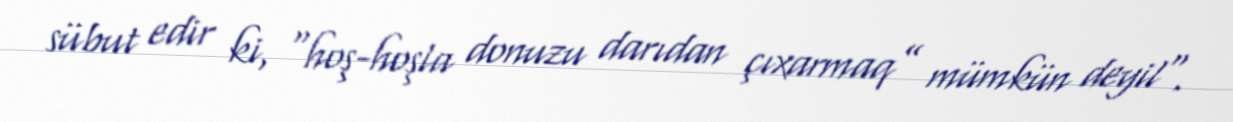
sübut edir ki, “hoş-hoşla donuzu darıdan çıxarmaq” mümkün deyil".